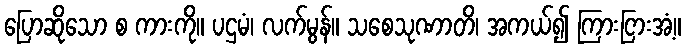
ပြောဆိုသော စ ကားကို။ ပဌမံ၊ လက်မွန်။ သစေသုဏာတိ၊ အကယ်၍ ကြားငြားအံ့။